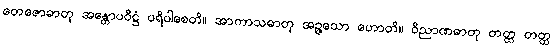
တေဇောဓာတု အန္တောပဝိဋ္ဌံ ပရိပါစေတိ။ အာကာသဓာတု အဉ္ဇသော ဟောတိ။ ဝိညာဏဓာတု တတ္ထ တတ္ထ